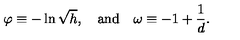
\varphi \equiv - \ln \sqrt { h } , \quad \mathrm { a n d } \quad \omega \equiv - 1 + \frac { 1 } { d } .